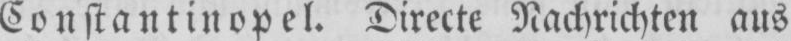
Constantinopel. Directe Nachrichten aus